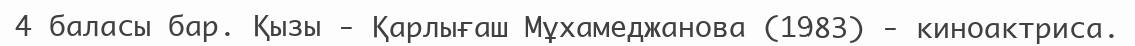
4 баласы бар. Қызы - Қарлығаш Мұхамеджанова (1983) - киноактриса.